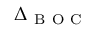
\Delta _ { \mathrm { ~ B ~ O ~ C ~ } }